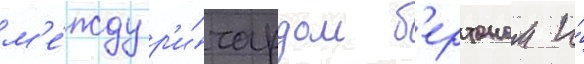
м'е́жду р'и́чардом б'ертоном и́